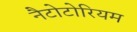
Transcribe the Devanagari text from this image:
नैटोटोरियम